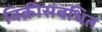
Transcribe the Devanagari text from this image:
विक्रीसंबंधित